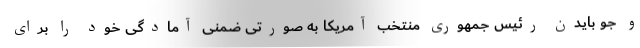
و جو بایدن رئیس جمهوری منتخب آمریکا به صورتی ضمنی آمادگی خود را برای